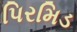
પિરમિડ